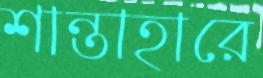
শান্তাহারে